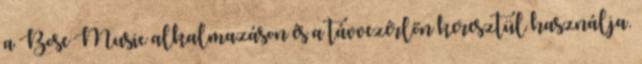
a Bose Music alkalmazáson és a távvezérlőn keresztül használja.